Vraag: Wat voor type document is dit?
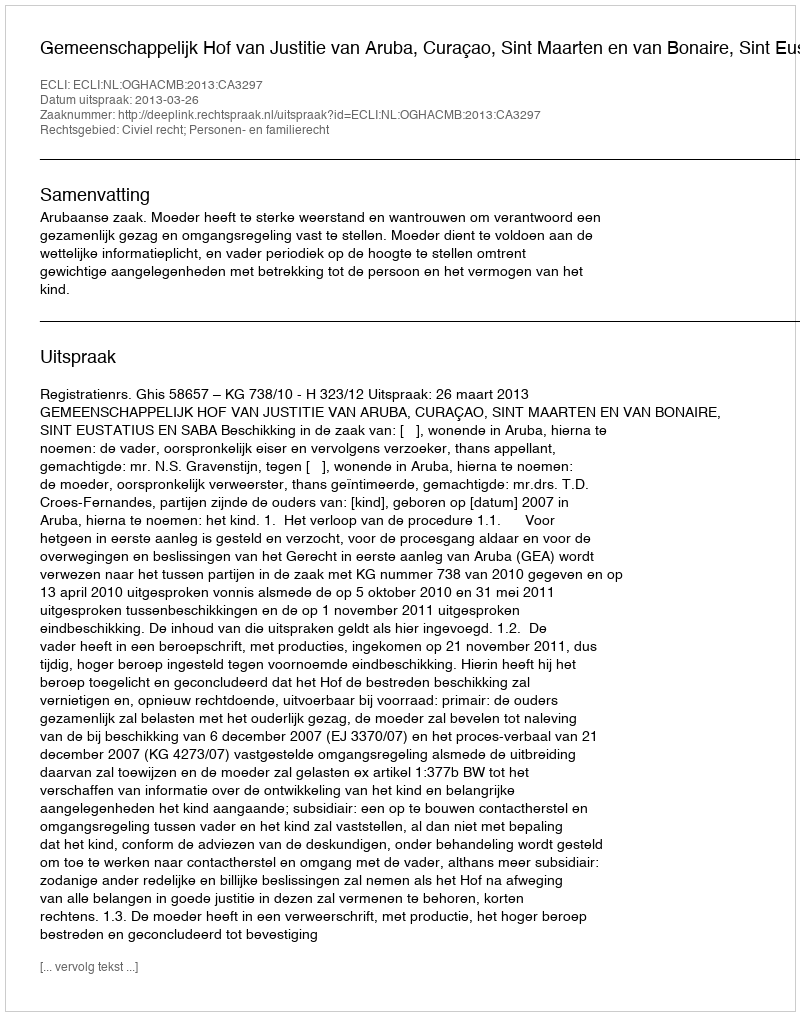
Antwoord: Uitspraak